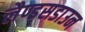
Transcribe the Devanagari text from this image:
लैण्डसडाउन